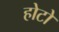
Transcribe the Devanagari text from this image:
होटो